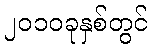
၂၀၁၀ခုနှစ်တွင်